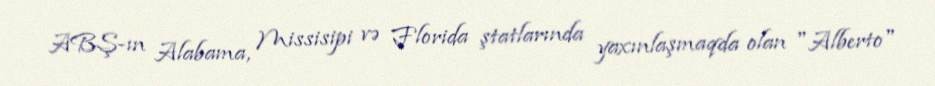
ABŞ-ın Alabama, Missisipi və Florida ştatlarında yaxınlaşmaqda olan "Alberto"